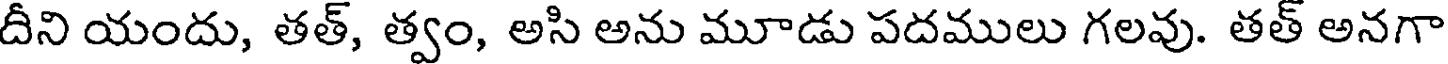
దీని యందు, తత్, త్వం, అసి అను మూడు పదములు గలవు. తత్ అనగా